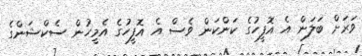
ވަރަށް ބަލަން އެ އޮފީހުގެ ކަންކަން ވެސް އެ އޮފީހުގެ އެމީހުން ސެކްޝަންގެ